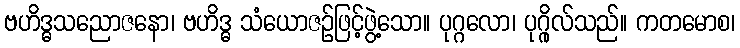
ဗဟိဒ္ဓသညောဇနော၊ ဗဟိဒ္ဓ သံယောဇဉ်ဖြင့်ဖွဲ့သော။ ပုဂ္ဂလော၊ ပုဂ္ဂိုလ်သည်။ ကတမောစ၊